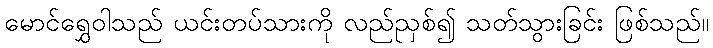
မောင်ရွှေဝါသည် ယင်းတပ်သားကို လည်ညှစ်၍ သတ်သွားခြင်း ဖြစ်သည်။